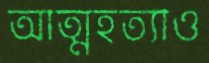
আত্মহত্যাও